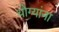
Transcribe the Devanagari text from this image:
योग्यांना